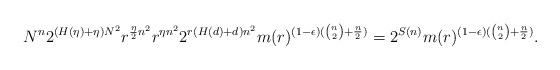
\begin{align*}N^n 2^{(H(\eta)+\eta)N^2}r^{\frac{ \eta}{2} n^2}r^{\eta n^2} 2^{r(H(d)+d)n^2} m(r)^{(1-\epsilon)({n\choose 2} +\frac{n}{2})} = 2^{S(n)} m(r)^{(1-\epsilon)({n\choose 2} +\frac{n}{2})}.\end{align*}